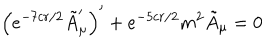
\left( e ^ { - 7 c r / 2 } \tilde { A } _ { \mu } ^ { \prime } \right) ^ { \prime } + e ^ { - 5 c r / 2 } m ^ { 2 } \tilde { A } _ { \mu } = 0